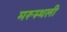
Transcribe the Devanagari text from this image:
मरूस्थली